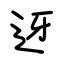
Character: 迓